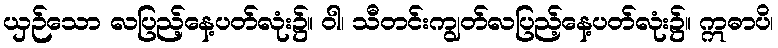
ယှဉ်သော လပြည့်နေ့ပတ်လုံး၌။ ဝါ၊ သီတင်းကျွတ်လပြည့်နေ့ပတ်လုံး၌။ ဣဓာပိ၊